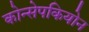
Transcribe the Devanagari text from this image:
कोन्सेपकियोन